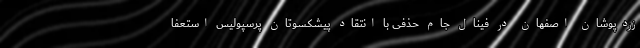
زردپوشان اصفهان در فینال جام حذفی با انتقاد پیشکسوتان پرسپولیس استعفا